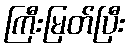
ကြီးမြတ်ပြီး